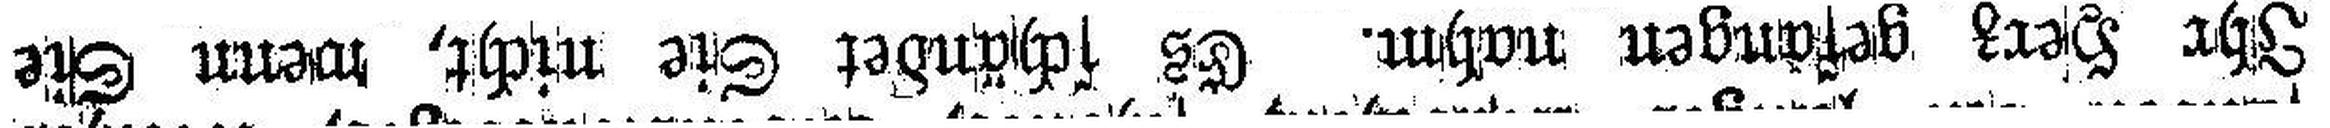
Ihr Herz gefangen nahm. Es schändet Sie nicht, wenn Sie